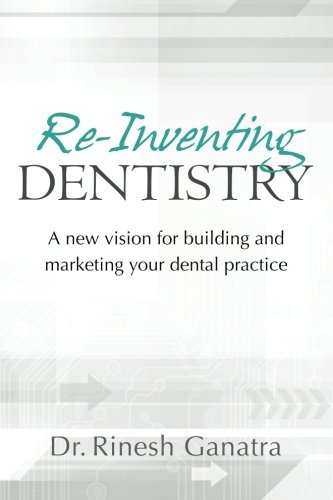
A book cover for Re-Inventing Dentistry: A new vision for building and marketing your dental practice; Dr. Rinesh Ganatra; Medical Books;